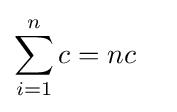
\sum _{i=1}^{n}c=nc\quad